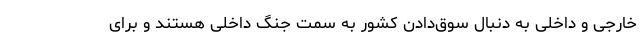
خارجی و داخلی به دنبال سوق‌دادن کشور به سمت جنگ داخلی هستند و برای